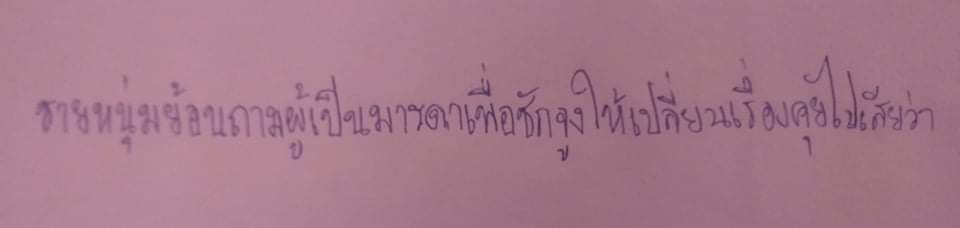
ชายหนุ่มย้อนถามผู้เป็นมารดาเพื่อชักจูงให้เปลี่ยนเรื่องคุยไปเสียว่า